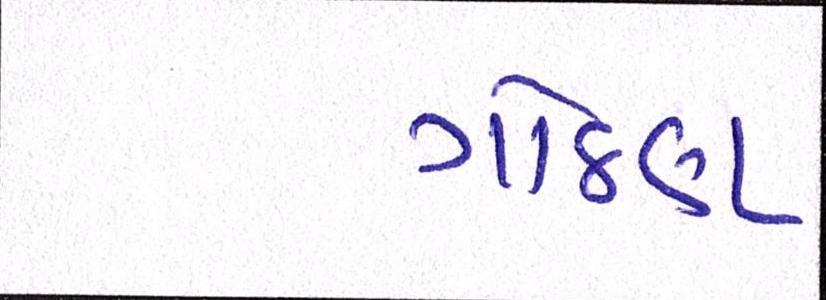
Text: ગોઠણ